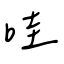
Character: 哇